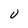
Character: U